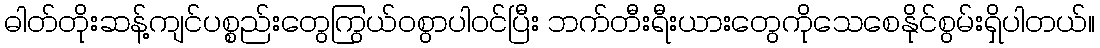
ဓါတ်တိုးဆန့်ကျင်ပစ္စည်းတွေကြွယ်ဝစွာပါဝင်ပြီး ဘက်တီးရီးယားတွေကိုသေစေနိုင်စွမ်းရှိပါတယ်။